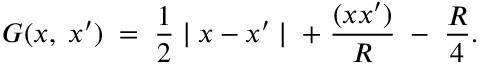
G ( x , \; x ^ { \prime } ) \; = \; \frac { 1 } { 2 } \mid x - x ^ { \prime } \mid \; + \; { \frac { ( x x ^ { \prime } ) } { R } } \; - \; { \frac { R } { 4 } } .